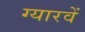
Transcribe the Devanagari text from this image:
ग्‍यारवें